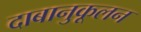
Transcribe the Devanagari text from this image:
दाबानुकूलन